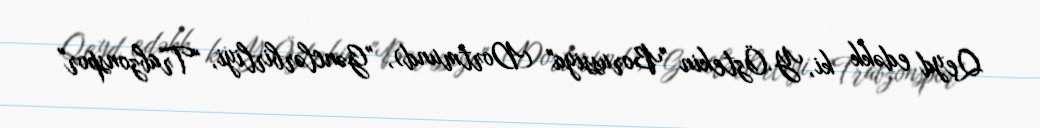
Qeyd edəkk ki, Y.Öztekin "Borussiya" (Dortmund), "Gənclərbirliyi, "Trabzonspor"